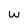
Character: W